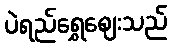
ပဲရည်ရွှေဈေးသည်